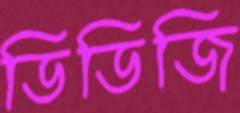
ডিডিজি